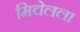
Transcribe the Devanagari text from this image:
मिचेलला